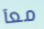
معآ